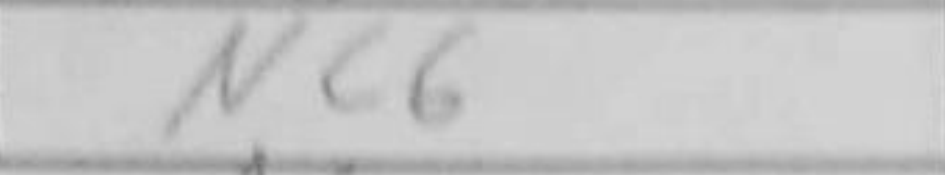
Transcription: Nc6